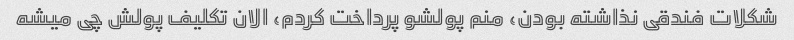
شکلات فندقی نذاشته بودن، منم پولشو پرداخت کردم، الان تکلیف پولش چی میشه